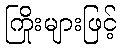
ကြိုးများဖြင့်